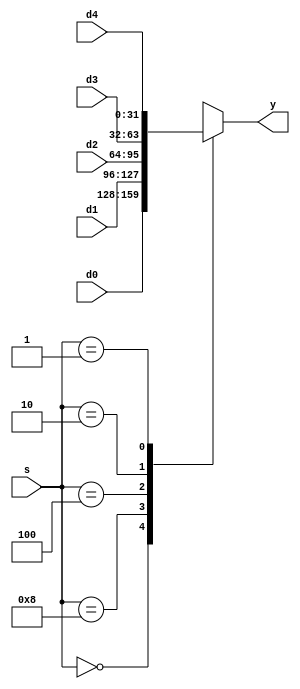
module mux5_32bit(d0, d1, d2, d3, d4, s, y);
	input [31:0] d0, d1, d2, d3, d4;	// 32bits 5 inputs
	input [3:0] s;							// select signal
	output reg [31:0] y;						// 32bits output
	
	always @(d0, d1, d2, d3, d4, s)
	begin
		case(s)	
			4'b0000		:	y = d0;	
			4'b1000		:	y = d1;		// when s0
			4'b0100		:	y = d2;		// when s1
			4'b0010		:	y = d3;		// when s2
			4'b0001		:	y = d4;		// when s3
			default		:	y = 32'bx;	// when default, unknown
		endcase
	end
endmodule